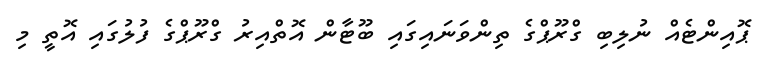
ޕޮއިންޓެއް ނުލިބި ގްރޫޕްގެ ތިންވަނައިގައި ބޫޓާން އޮތްއިރު ގްރޫޕްގެ ފުލުގައި އޮތީ މި